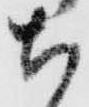
ち